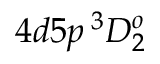
4 d 5 p \, ^ { 3 } D _ { 2 } ^ { o }